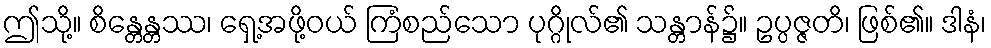
ဤသို့။ စိန္တေန္တဿ၊ ရှေ့အဖို့ဝယ် ကြံစည်သော ပုဂ္ဂိုလ်၏ သန္တာန်၌။ ဥပ္ပဇ္ဇတိ၊ ဖြစ်၏။ ဒါနံ၊